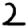
Digit: 2